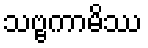
သဗ္ဗကာမိဿ